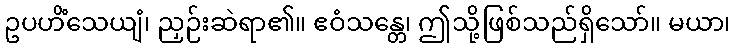
ဥပဟိံသေယျံ၊ ညှဉ်းဆဲရာ၏။ ဧဝံသန္တေ၊ ဤသို့ဖြစ်သည်ရှိသော်။ မယာ၊